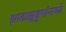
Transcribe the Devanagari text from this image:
झाडाझुडूपांमध्ये